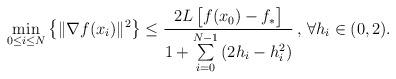
LaTeX: \begin{align*} \min_{0 {} \leq {} i {} \leq {} N} \big\{\|\nabla f(x_i)\|^2\big\} \leq {} \frac{2L\,\big[f(x_0)-f_*\big]}{1 + \sum\limits_{i=0}^{N-1} \left(2 h_i - h_i^2 \right)} \, , \, \forall h_i \in (0,2).\end{align*}